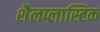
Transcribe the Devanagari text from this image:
शैलप्लास्टिक